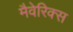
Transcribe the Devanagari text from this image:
मैवेरिक्स